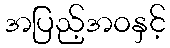
အပြည့်အဝနှင့်